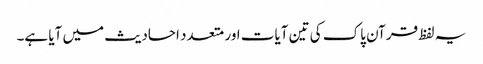
یہ لفظ قرآن پاک کی تین آیات اور متعدد احادیث میں آیا ہے۔